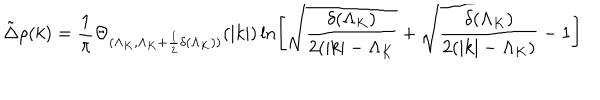
\tilde { \Delta } \rho ( k ) = \frac { 1 } { \pi } \Theta _ { ( \Lambda _ { K } , \Lambda _ { K } + \frac { 1 } { 2 } \delta ( \Lambda _ { K } ) ) } ( | k | ) \ln \left[ \sqrt { \frac { \delta ( \Lambda _ { K } ) } { 2 ( | k | - \Lambda _ { K } } } + \sqrt { \frac { \delta ( \Lambda _ { K } ) } { 2 ( | k | - \Lambda _ { K } ) } - 1 } \right]